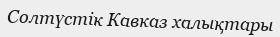
Солтүстік Кавказ халықтары